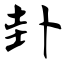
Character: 卦